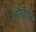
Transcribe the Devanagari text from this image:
ओरीएंट